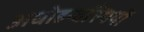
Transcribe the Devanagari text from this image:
अधोहन्वस्थियों